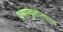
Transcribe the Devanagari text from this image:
कृष्णकुलोत्पन्न